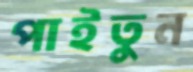
পাইতুন